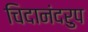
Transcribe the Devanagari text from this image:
चिदानंदरुप